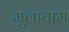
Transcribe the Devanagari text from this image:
मुलायाम